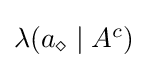
\textstyle \lambda (a_{\diamond }\mid A^{c})